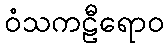
ဝံသကဠီရောဝ